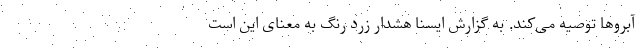
آبروها توصیه می‌کند. به گزارش ایسنا هشدار زرد رنگ به معنای این است